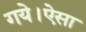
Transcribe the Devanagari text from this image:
गये।ऐसा